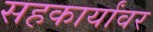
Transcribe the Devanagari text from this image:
सहकार्यांवर